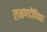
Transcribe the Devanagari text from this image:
लक्षणदीपिका